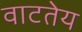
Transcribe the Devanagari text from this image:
वाटतेय